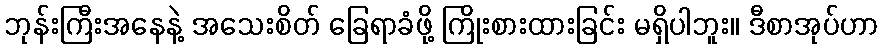
ဘုန်းကြီးအနေနဲ့ အသေးစိတ် ခြေရာခံဖို့ ကြိုးစားထားခြင်း မရှိပါဘူး။ ဒီစာအုပ်ဟာ